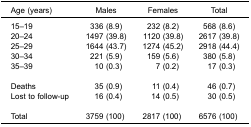
<table><thead><tr><td><b>Age (years)</b></td><td><b>Males</b></td><td><b>Females</b></td><td><b>Total</b></td></tr></thead><tbody><tr><td>15–19</td><td>336 (8.9)</td><td>232 (8.2)</td><td>568 (8.6)</td></tr><tr><td>20–24</td><td>1497 (39.8)</td><td>1120 (39.8)</td><td>2617 (39.8)</td></tr><tr><td>25–29</td><td>1644 (43.7)</td><td>1274 (45.2)</td><td>2918 (44.4)</td></tr><tr><td>30–34</td><td>221 (5.9)</td><td>159 (5.6)</td><td>380 (5.8)</td></tr><tr><td>35–39</td><td>10 (0.3)</td><td>7 (0.2)</td><td>17 (0.3)</td></tr><tr><td colspan="4"> </td></tr><tr><td>Deaths</td><td>35 (0.9)</td><td>11 (0.4)</td><td>46 (0.7)</td></tr><tr><td>Lost to follow-up</td><td>16 (0.4)</td><td>14 (0.5)</td><td>30 (0.5)</td></tr><tr><td colspan="4"> </td></tr><tr><td>Total</td><td>3759 (100)</td><td>2817 (100)</td><td>6576 (100)</td></tr></tbody></table>